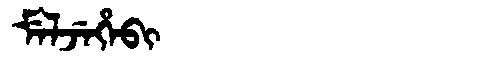
Manchu: ᠮᡝᠯᠵᡝᡥᡝᠪᡳ
Romanization: MELJEHEBI